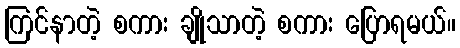
ကြင်နာတဲ့ စကား ချိုသာတဲ့ စကား ပြောရမယ်။